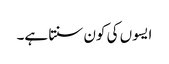
ایسوں کی کون سنتا ہے۔